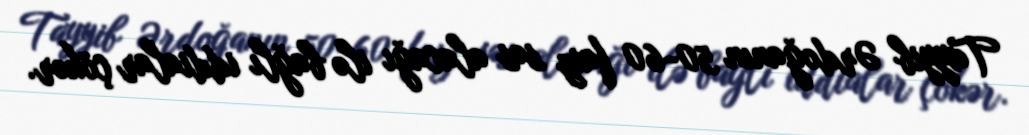
Tayyib Ərdoğanın 50-60 faiz səs alacağı ilə bağlı iddialar çökər.